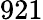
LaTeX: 921